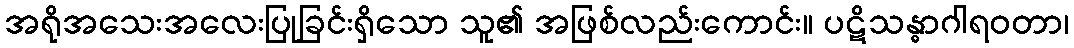
အရိုအသေးအလေးပြုခြင်းရှိသော သူ၏ အဖြစ်လည်းကောင်း။ ပဋိသန္ဓာဂါရဝတာ၊